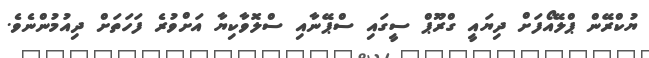
ޔުކްރޭން ޕްލޭއޯފަށް ދިޔައީ ގްރޫޕް ސީގައި ސްޕޭނާއި ސްލޮވާކިޔާ އަށްވުރެ ފަހަތަށް ދިއުމުންނެވެ.